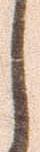
し